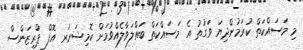
މި މަސައްކަތް ކުރަމުންދިޔަ ވަގުތު އެ މަސައްކަތް ބައްލަވާލެއްވުމަށް ކޮމިޝަނަރ އޮފް ޕްރިޒަންސް